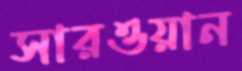
সারওয়ান